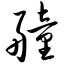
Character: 艟